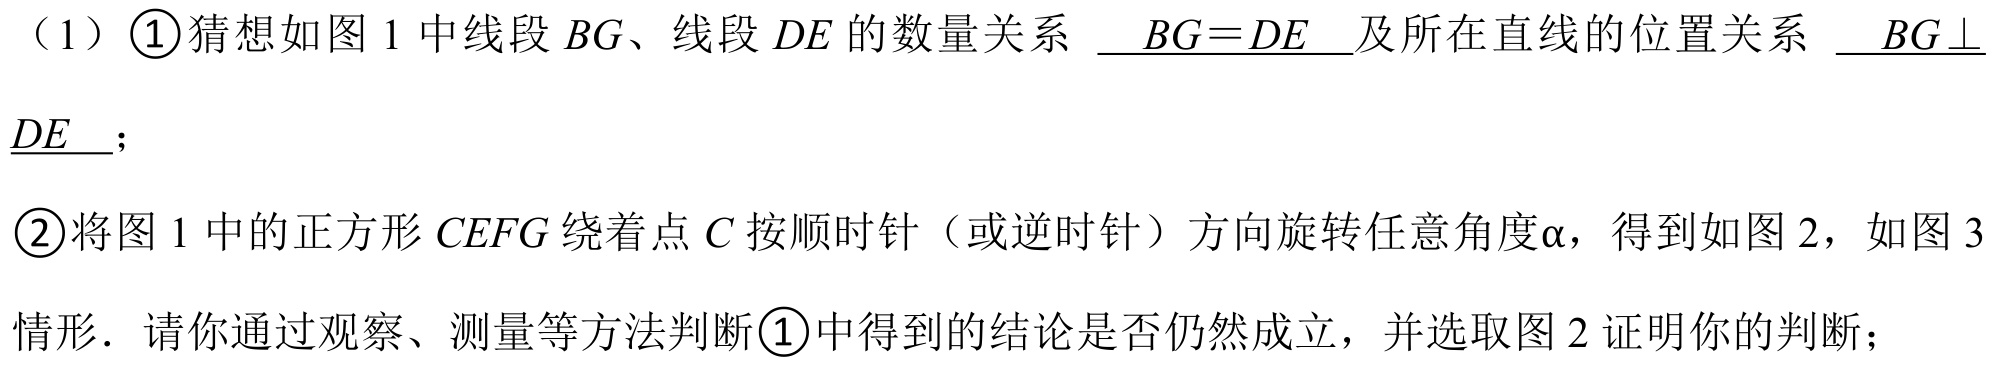
（1）\textcircled{1}猜想如图1中线段\(BG\)、线段\(DE\)的数量关系 \(\underline{BG = DE}\)及所在直线的位置关系 \(\underline{BG\perp DE}\)；
\textcircled{2}将图1中的正方形\(CEFG\)绕着点\(C\)按顺时针（或逆时针）方向旋转任意角度\(\alpha\)，得到如图2，如图3情形．请你通过观察、测量等方法判断\textcircled{1}中得到的结论是否仍然成立，并选取图2证明你的判断；